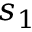
s _ { 1 }